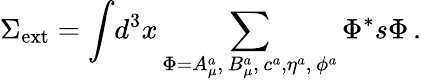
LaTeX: \Sigma_{\mathrm{ext}}=\displaystyle{\int}d^{3}x\sum_{\Phi=A_{\mu}^{a},\, B_{\mu}^{a},\, c^{a},\eta^{a},\, \phi^{a}}\Phi^{*}s\Phi\, .